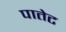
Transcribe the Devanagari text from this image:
पातेट